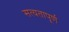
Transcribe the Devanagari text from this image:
सत्यतापूर्ण